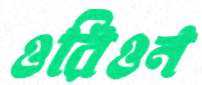
ওরিওন